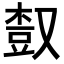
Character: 𣕒